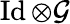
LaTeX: \operatorname{Id}\otimes\mathcal{G}